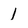
Character: 1